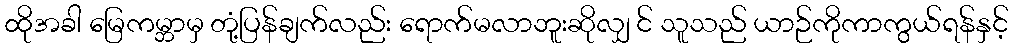
ထိုအခါ မြေကမ္ဘာမှ တုံ့ပြန်ချက်လည်း ရောက်မလာဘူးဆိုလျှ င် သူသည် ယာဉ်ကိုကာကွယ်ရန်နှင့်